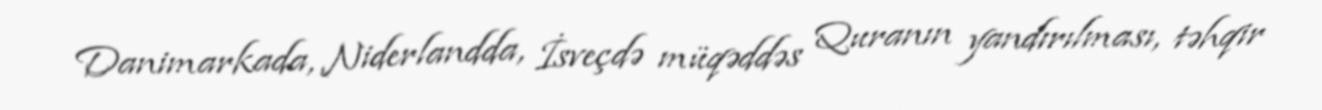
Danimarkada, Niderlandda, İsveçdə müqəddəs Quranın yandırılması, təhqir